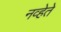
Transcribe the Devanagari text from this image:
नव्हेते